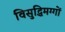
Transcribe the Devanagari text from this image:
विसुद्धिमग्गों